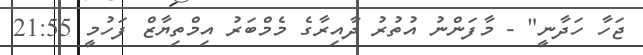
ޖަހާ ހަދާނީ" - މާފަންނު އުތުރު ދާއިރާގެ މެމްބަރު އިމްތިޔާޒް ފަހުމީ 21:55